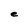
Character: e